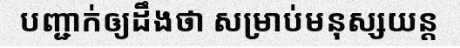
បញ្ជាក់ឲ្យដឹងថា សម្រាប់មនុស្សយន្ត